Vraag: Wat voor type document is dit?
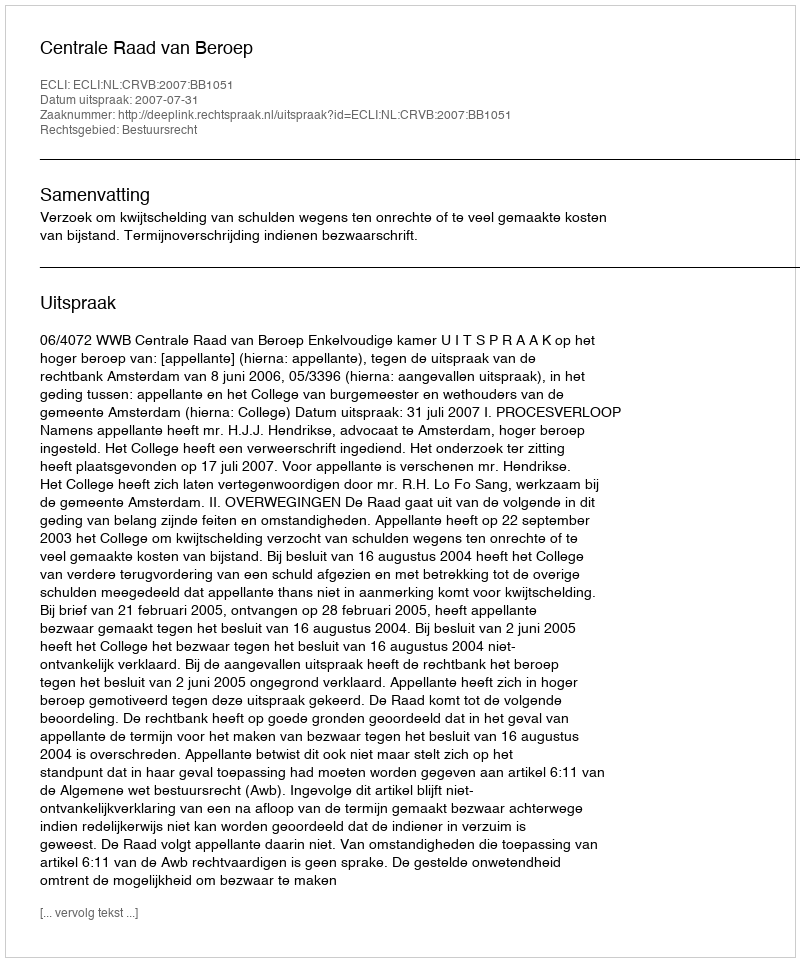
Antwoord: Uitspraak